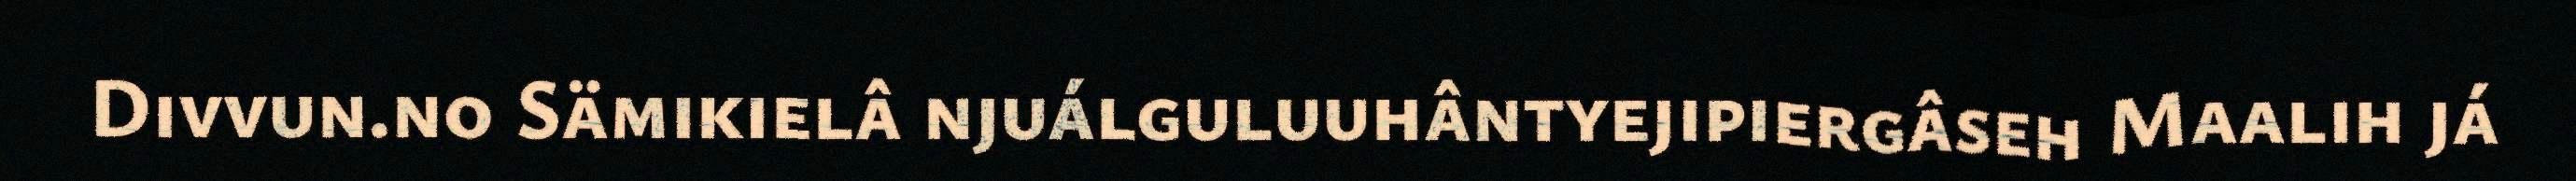
Divvun.no Sämikielâ njuálguluuhântyejipiergâseh Maalih já